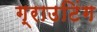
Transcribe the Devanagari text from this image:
ग्राउटिंग